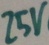
Text: 25V